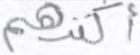
أكثرهم